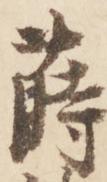
蒔